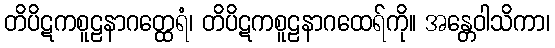
တိပိဋကစူဠနာဂတ္ထေရံ၊ တိပိဋကစူဠနာဂထေရ်ကို။ အန္တေဝါသိကာ၊